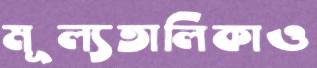
মূল্যতালিকাও